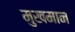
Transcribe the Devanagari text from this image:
मुखमान